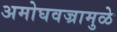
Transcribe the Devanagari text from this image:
अमोघवज्रामुळे